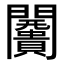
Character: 𮤩